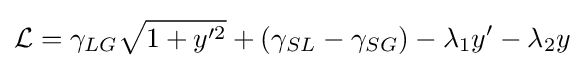
{\cal {L}}=\gamma _{LG}{\sqrt {1+y'^{2}}}+(\gamma _{SL}-\gamma _{SG})-\lambda _{1}y'-\lambda _{2}y